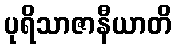
ပုရိသာဇာနီယာတိ